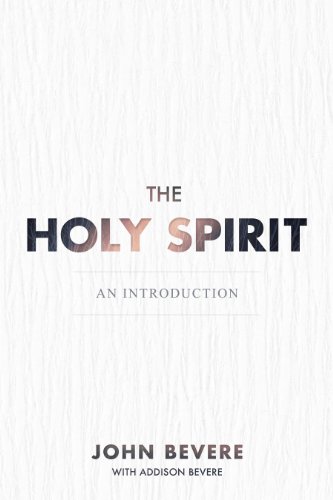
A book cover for The Holy Spirit: An Introduction; John Bevere; Christian Books & Bibles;